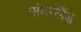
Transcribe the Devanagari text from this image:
संदरलैंड